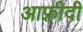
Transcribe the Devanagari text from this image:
आफ़्रीदी